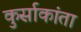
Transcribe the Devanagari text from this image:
कुर्साकांता